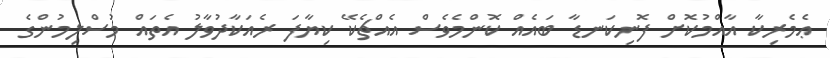
ޢެމެރިކާ އާއްމުކޮށް ފޮނިކަނޑާ ބައެއް ކޮންމެވެސް އެއްޗެކޭ ކިޔާފަ ރެެއަކާދުވާލު އެތައް މުސްލިމުންގެ